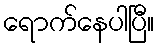
ရောက်နေပါပြီ။